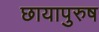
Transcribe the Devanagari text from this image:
छायापुरुष